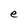
Character: e